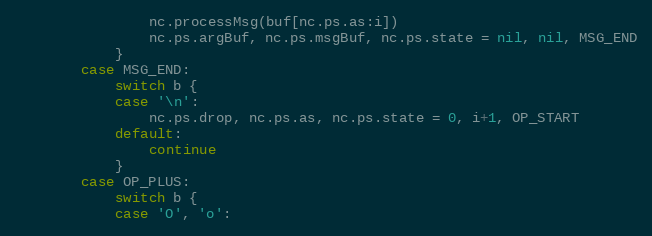
Language: Go
				nc.processMsg(buf[nc.ps.as:i])
				nc.ps.argBuf, nc.ps.msgBuf, nc.ps.state = nil, nil, MSG_END
			}
		case MSG_END:
			switch b {
			case '\n':
				nc.ps.drop, nc.ps.as, nc.ps.state = 0, i+1, OP_START
			default:
				continue
			}
		case OP_PLUS:
			switch b {
			case 'O', 'o':